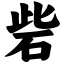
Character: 砦